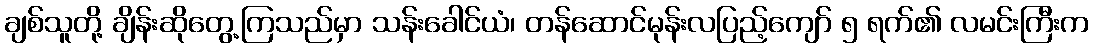
ချစ်သူတို့ ချိန်းဆိုတွေ့ကြသည်မှာ သန်းခေါင်ယံ၊ တန်ဆောင်မုန်းလပြည့်ကျော် ၅ ရက်၏ လမင်းကြီးက